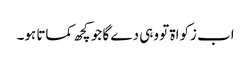
اب زکواۃ تو وہی دے گا جو کچھ کماتا ہو۔